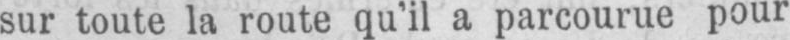
sur toute la route qu’il a parcourue pour